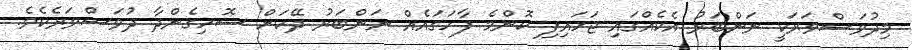
މިދުވަސްވަރަކީ ނަންބަރު އެކެއްގައި ޖަހައިފި ކޮންމެ ފާހަގައެއް ނަންބަރު ދޭކަށް ސޮހިގެންދާ ދުވަސްވަރެކެވެ.